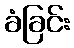
ခံခြင်း